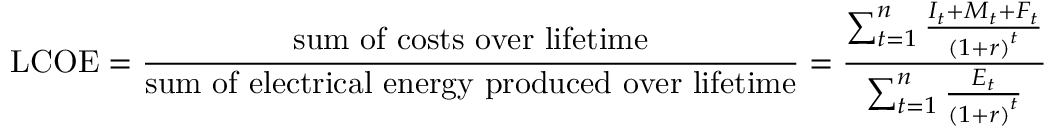
\mathrm { L C O E } = { \frac { \mathrm { s u m ~ o f ~ c o s t s ~ o v e r ~ l i f e t i m e } } { \mathrm { s u m ~ o f ~ e l e c t r i c a l ~ e n e r g y ~ p r o d u c e d ~ o v e r ~ l i f e t i m e } } } = { \frac { \sum _ { t = 1 } ^ { n } { \frac { I _ { t } + M _ { t } + F _ { t } } { \left( { 1 + r } \right) ^ { t } } } } { \sum _ { t = 1 } ^ { n } { \frac { E _ { t } } { \left( { 1 + r } \right) ^ { t } } } } }